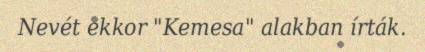
Nevét ekkor "Kemesa" alakban írták.